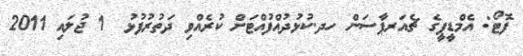
ފޮޓޯ: އެމްޑީޕީގެ ޗެއަރޕާސަން ހދ.ކުޅުދުއްފުއްޓަށް ކުރެއްވި ދަތުރުފުޅު  1 ޖުލައި 2011